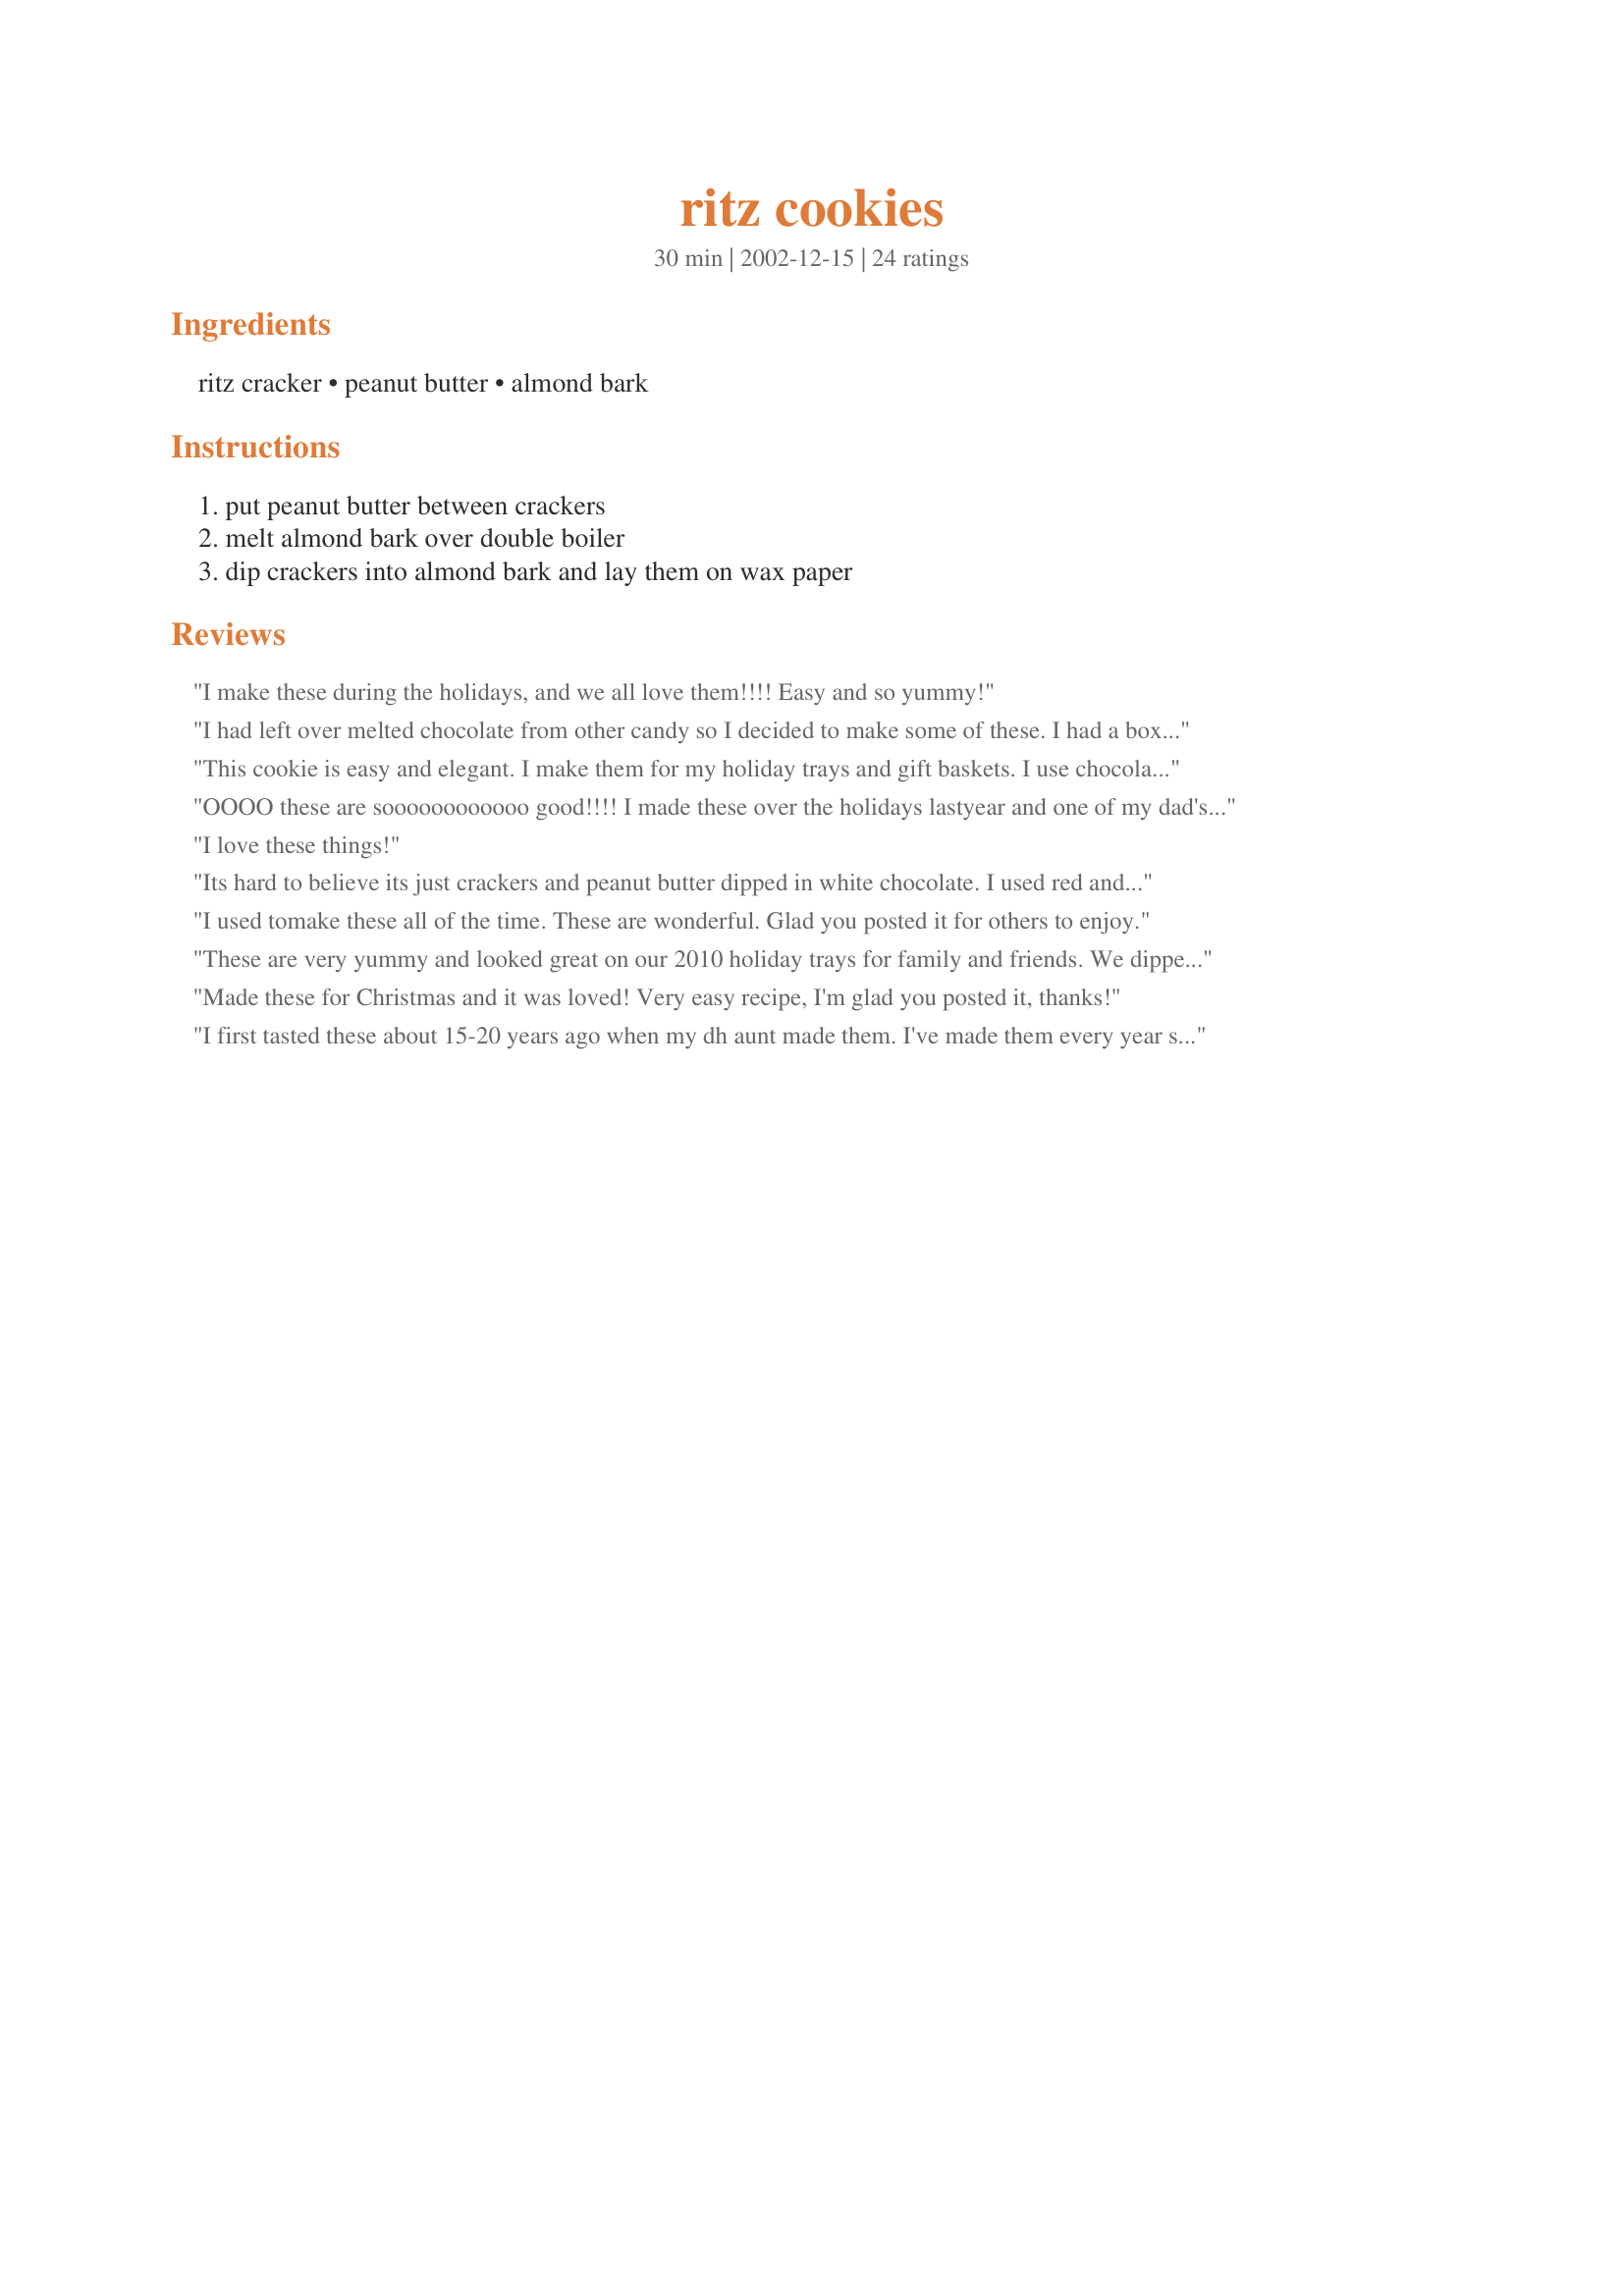
ritz cookies
Preparation time: 30 minutes

Ingredients:
ritz cracker, peanut butter, almond bark

Steps:
put peanut butter between crackers, melt almond bark over double boiler, dip crackers into almond bark and lay them on wax paper

Reviews:
I make these during the holidays, and we all love them!!!! Easy and so yummy!
I had left over melted chocolate from other candy so I decided to make some of these. I had a box of peanut butter Ritz bits sandwiches so that's what I used. They made perfect little bite size treats and used up my extra melted chocolate. We sprinkled some finely chopped peanuts on top and they look adorable
This cookie is easy and elegant. I make them for my holiday trays and gift baskets. I use chocolate coating or white chocolate coating to dip the cookies in.
OOOO these are soooooooooooo good!!!! I made these over the holidays lastyear and one of my dad's employs just loved them!!! so of course, being a good lil boss's daughter [heehee] i made him his own batch for christmas... BOY, WAS HE EVER HAPPY!
I love these things!
Its hard to believe its just crackers and peanut butter dipped in white chocolate. I used red and green spinkles on top and they looked fantasic. I dipped some in chocolate, not nearly as good as the white chocolate. Thanks for posting.
I used tomake these all of the time. These are wonderful. Glad you posted it for others to enjoy.
These are very yummy and looked great on our 2010 holiday trays for family and friends. We dipped in white chocolate and sprinkled half with green sugar and half with red sugar. They looked great on our trays. Thank you for sharing this easy yet festive looking addition to your trays.
Made these for Christmas and it was loved! Very easy recipe, I'm glad you posted it, thanks!
I first tasted these about 15-20 years ago when my dh aunt made them. I've made them every year since. Try them...they are delicious!
Been making these for years. They are so yummy.
This is one of my favorite cookies for Christmas! I have to get them packaged to give away fast or they disappear! Love them!
OR -- try these with Nutella instead of the peanut butter -- excellent either way.
My husband first introduced me to these treats a few years ago - his Grandma always used to make them for him when he was younger. They're so delicious and super easy to put together. I definitely recommend them and thanks for posting this for others to enjoy!!!
Incredible! These taste just like girl scout cookies. They are a hit and I will make them over and over... easy easy easy
These are wonderful! i had to make 4 batches over the holidays - they just vanished as fast as i made them. I dipped about half in chocolate and half in white chocolate and the drizzled the opposite color over the top - Fantastic!
My husband LOVES these. So easy to make and he thinks I spent alot of time making :) LOL Thanks for sharing.
I love these, taste just like a peanut butter cup!
My mom and I just made these this weekend for Christmas, and boy are they ever delicious and so simple to make!! I might have to make some more because they are disappearing fast in my house!
Wow, these bring back memories. My mother and grandmother used to make these every Christmas. I wouldn't change a thing to the recipe. Thanks Bev Borchardt for posting!
These are so good, we make them in white and milk chocolate. They are super easy and the kids love them. We like to add some sprinkles to the top or m & m's. Be careful to keep the peanut butter away from the edges, you may end up with peanut butter in you chocolate.
I make these with my 4 year old. He gets to spread the peanut butter on the Ritz.We love them! This is a great recipe. I've also made them with white and chocolate almond bark. These make great gifts.
Great cookie! I used chocolate almond bark, and I melted it in the microwave.
i cheated and used the multi grain Ritz and Nutella instead of peanut butter and WOW!!!
